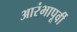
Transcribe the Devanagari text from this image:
आरंभापूर्वी